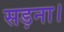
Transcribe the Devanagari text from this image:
सड़ना।